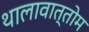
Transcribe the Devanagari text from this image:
थालावात्तोम